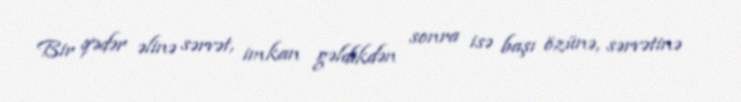
Bir qədər əlinə sərvət, imkan gəldikdən sonra isə başı özünə, sərvətinə